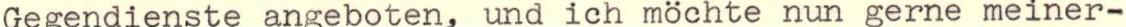
Gegendienste angeboten, und ich möchte nun gerne meiner-